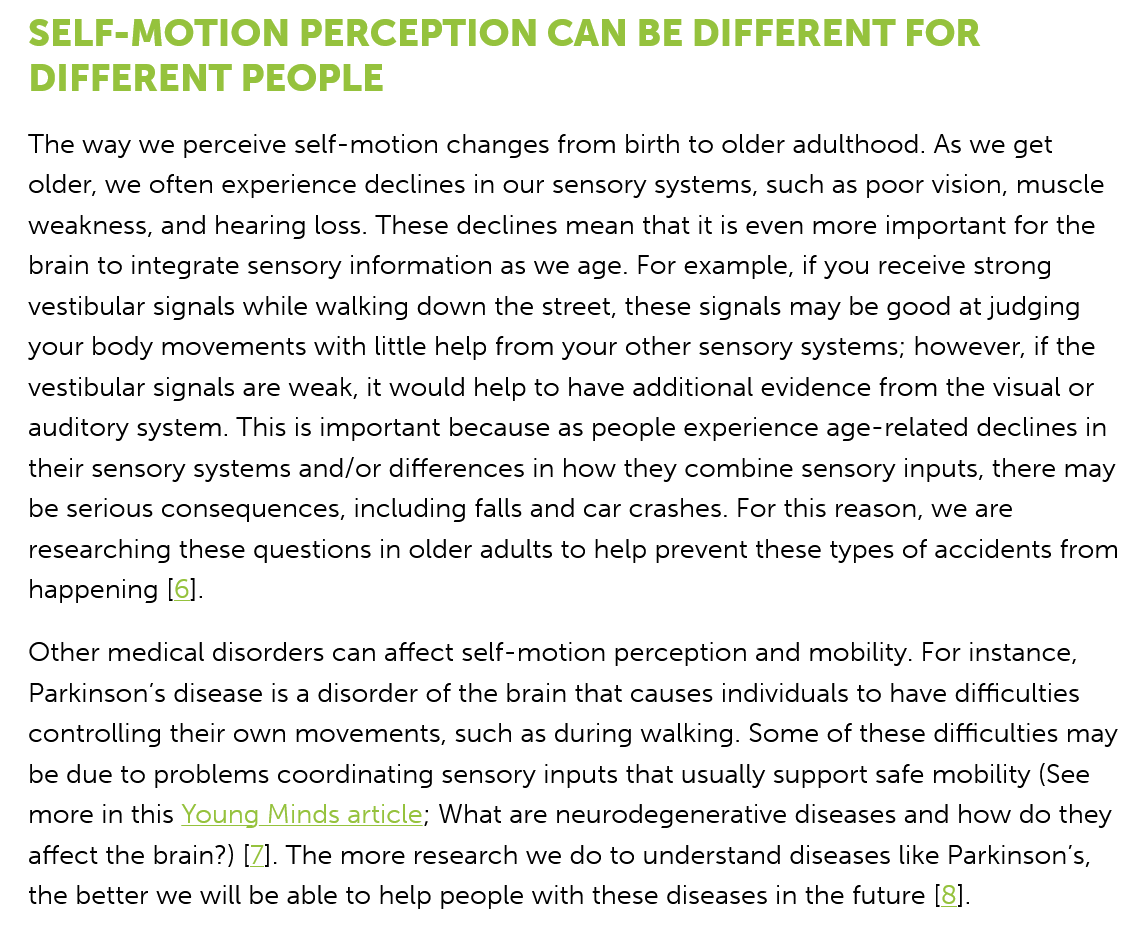
SELF-MOTION    PERCEPTION    CAN   BE   DIFFERENT    FOR
   DIFFERENT    PEOPLE
   The way we perceive self-motion changes from birth to older adulthood. As we get
   older, we often experience declines in our sensory systems, such as poor vision, muscle
   weakness, and hearing loss. These declines mean that it is even more important for the
   brain to integrate sensory information as we age. For example, if you receive strong
   vestibular signals while walking down the street, these signals may be good at judging
   your body movements with little help from your other sensory systems; however, if the
   vestibular signals are weak, it would help to have additional evidence from the visual or
   auditory system. This is important because as people experience age-related declines in
   their sensory systems and/or differences in how they combine sensory inputs, there may
   be serious consequences, including falls and car crashes. For this reason, we are
   researching these questions in older adults to help prevent these types of accidents from
   happening [6].
   Other medical disorders can affect self-motion perception and mobility. For instance,
   Parkinson's disease is a disorder of the brain that causes individuals to have difficulties
   controlling their own movements, such as during walking. Some of these difficulties may
   be due to problems coordinating sensory inputs that usually support safe mobility (See
   more in this Young Minds article; What are neurodegenerative diseases and how do they
   affect the brain?) [7]. The more research we do to understand diseases like Parkinson’s,
   the better we will be able to help people with these diseases in the future [8].